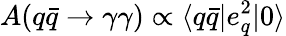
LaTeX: A(q\bar{q}\to\gamma\gamma)\propto\langle q\bar{q}|e_{q}^{2}|0\rangle